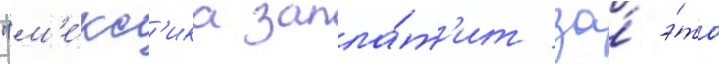
"м'е́кс'ика запла́т'ит за́ э́то